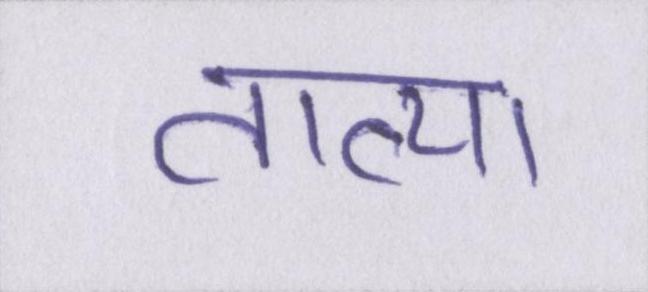
तात्या